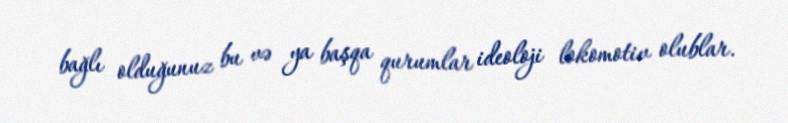
bağlı olduğunuz bu və ya başqa qurumlar ideoloji lokomotiv olublar.